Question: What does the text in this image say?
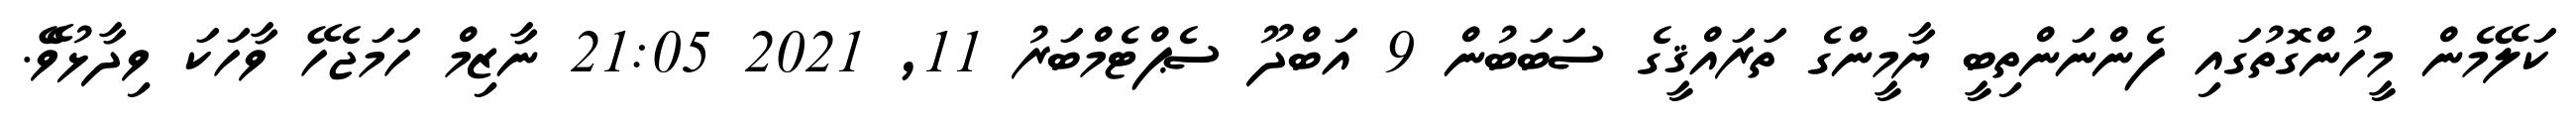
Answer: ކަލޭމެން މީހުންގޮތުގައި ފެންނަންތިބީ ޔާމީންގެ ތަރައްޤީގެ ސަބަބުން 9 އަބްދޫ ސެޕްޓެމްބަރު 11, 2021 21:05 ނާޒިމް ހަމަޖެހޭ ވާހަކަ ވިދާޅުވެޭ.